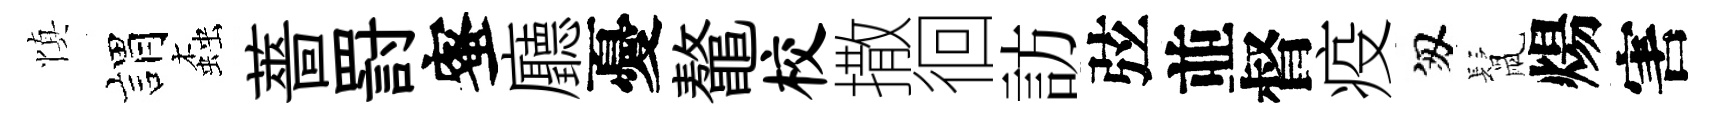
慎娟螙薔罸蜜廳憂鼇校撒徊訪弦並督疫匆鬛煬害